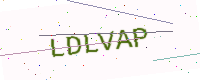
Text: LDLVAP